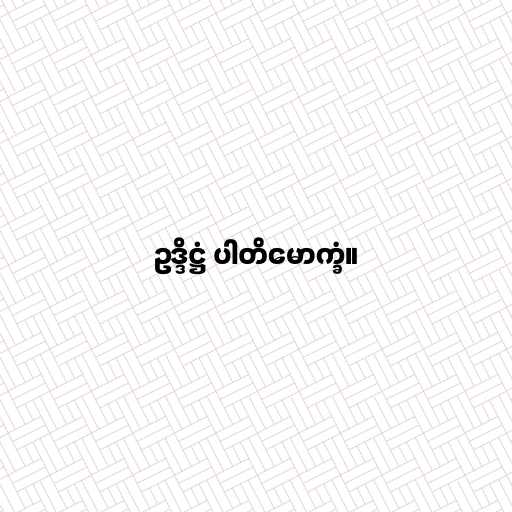
ဥဒ္ဒိဋ္ဌံ ပါတိမောက္ခံ။